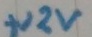
Text: +12V